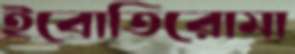
ইবোতিরোমা